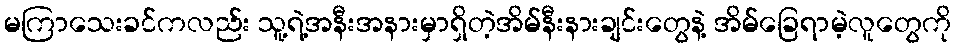
မကြာသေးခင်ကလည်း သူ့ရဲ့အနီးအနားမှာရှိတဲ့အိမ်နီးနားချင်းတွေနဲ့ အိမ်ခြေရာမဲ့လူတွေကို